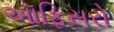
ઑફિસરો